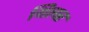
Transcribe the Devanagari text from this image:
थिलर